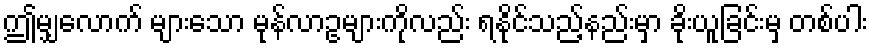
ဤမျှလောက် များသော မုန်လာဥများကိုလည်း ရနိုင်သည့်နည်းမှာ ခိုးယူခြင်းမှ တစ်ပါး